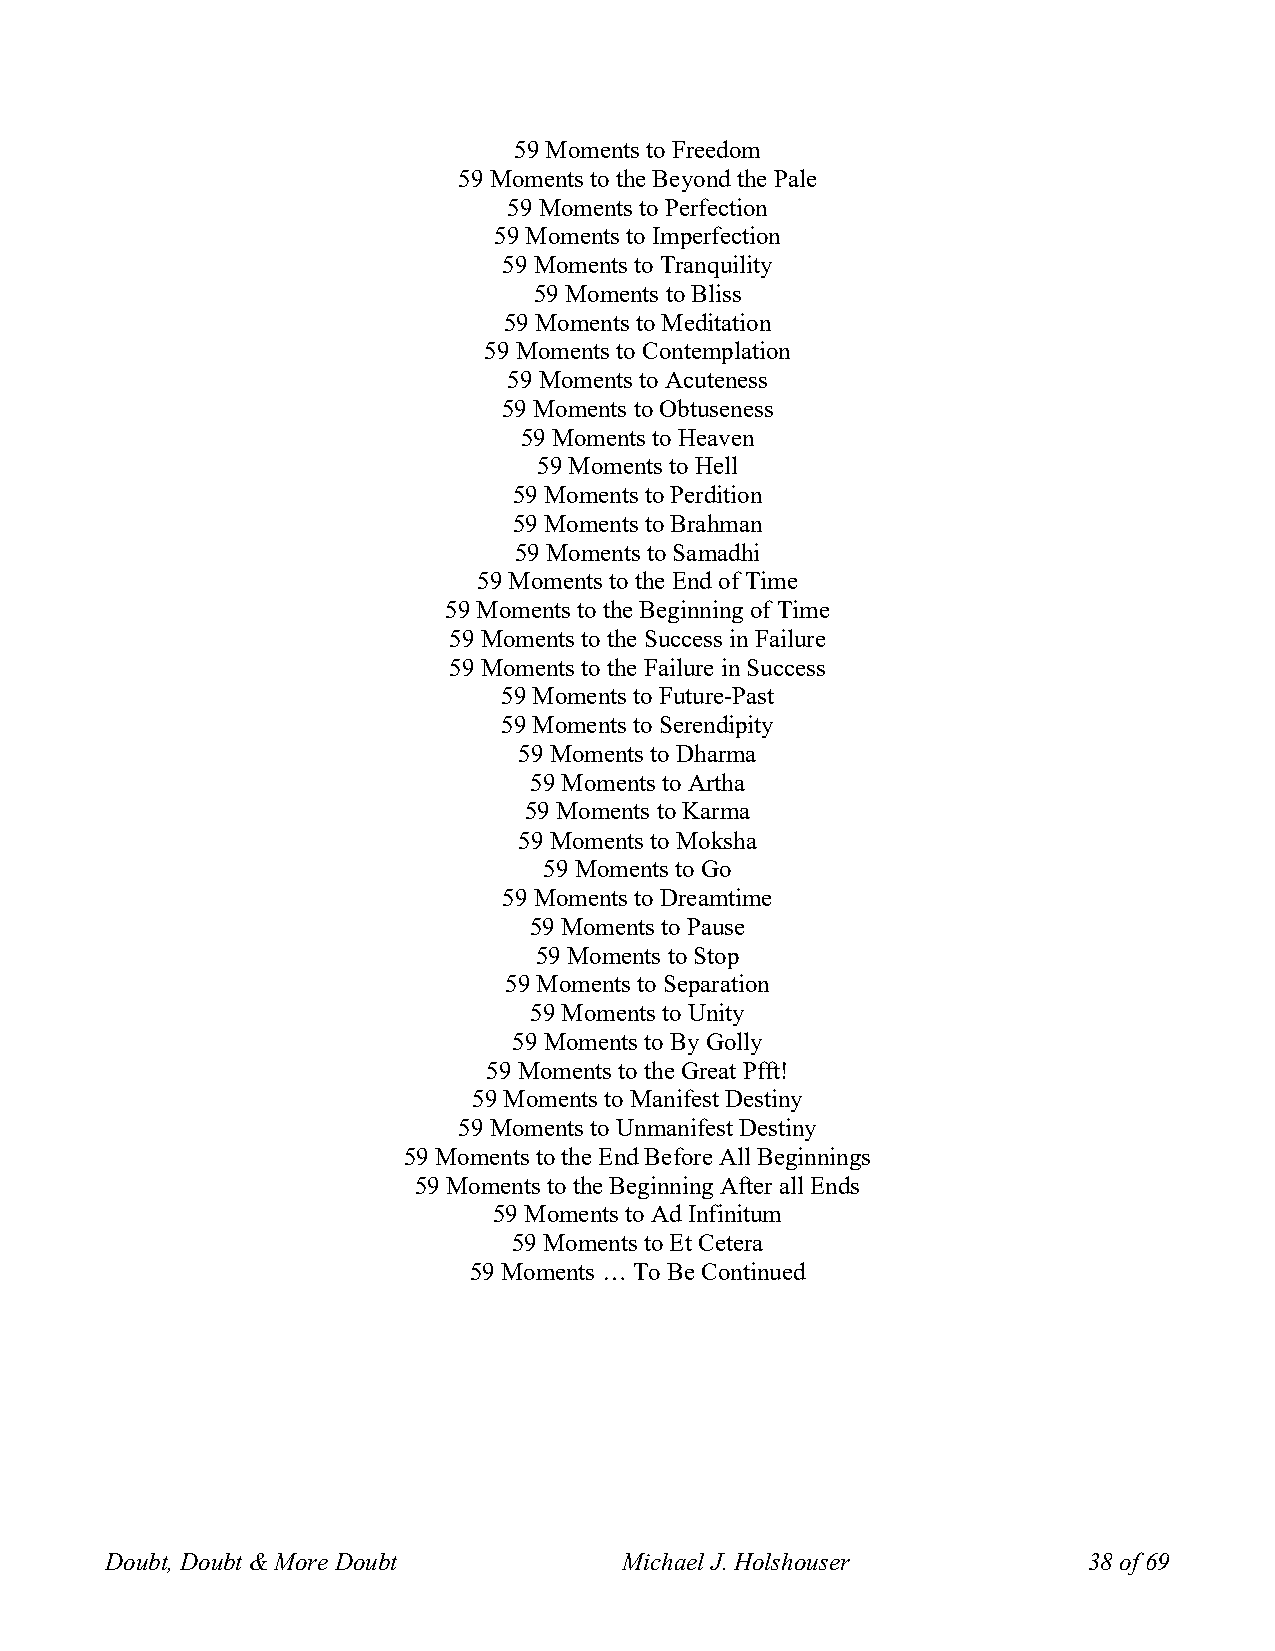
59 Moments to Freedom
 59 Moments to the Beyond the Pale
 59 Moments to Perfection
 59 Moments to Imperfection
 59 Moments to Tranquility
 59 Moments to Bliss
 59 Moments to Meditation
 59 Moments to Contemplation
 59 Moments to Acuteness
 59 Moments to Obtuseness
 59 Moments to Heaven
 59 Moments to Hell
 59 Moments to Perdition
 59 Moments to Brahman
 59 Moments to Samadhi
 59 Moments to the End of Time
 59 Moments to the Beginning of Time
 59 Moments to the Success in Failure
 59 Moments to the Failure in Success
 59 Moments to Future-Past
 59 Moments to Serendipity
 59 Moments to Dharma
 59 Moments to Artha
 59 Moments to Karma
 59 Moments to Moksha
 59 Moments to Go
 59 Moments to Dreamtime
 59 Moments to Pause
 59 Moments to Stop
 59 Moments to Separation
 59 Moments to Unity
 59 Moments to By Golly
 59 Moments to the Great Pfft!
 59 Moments to Manifest Destiny
 59 Moments to Unmanifest Destiny
 59 Moments to the End Before All Beginnings
 59 Moments to the Beginning After all Ends
 59 Moments to Ad Infinitum
 59 Moments to Et Cetera
 59 Moments … To Be Continued
 Doubt, Doubt & More Doubt         Michael J. Holshouser          38 of 69